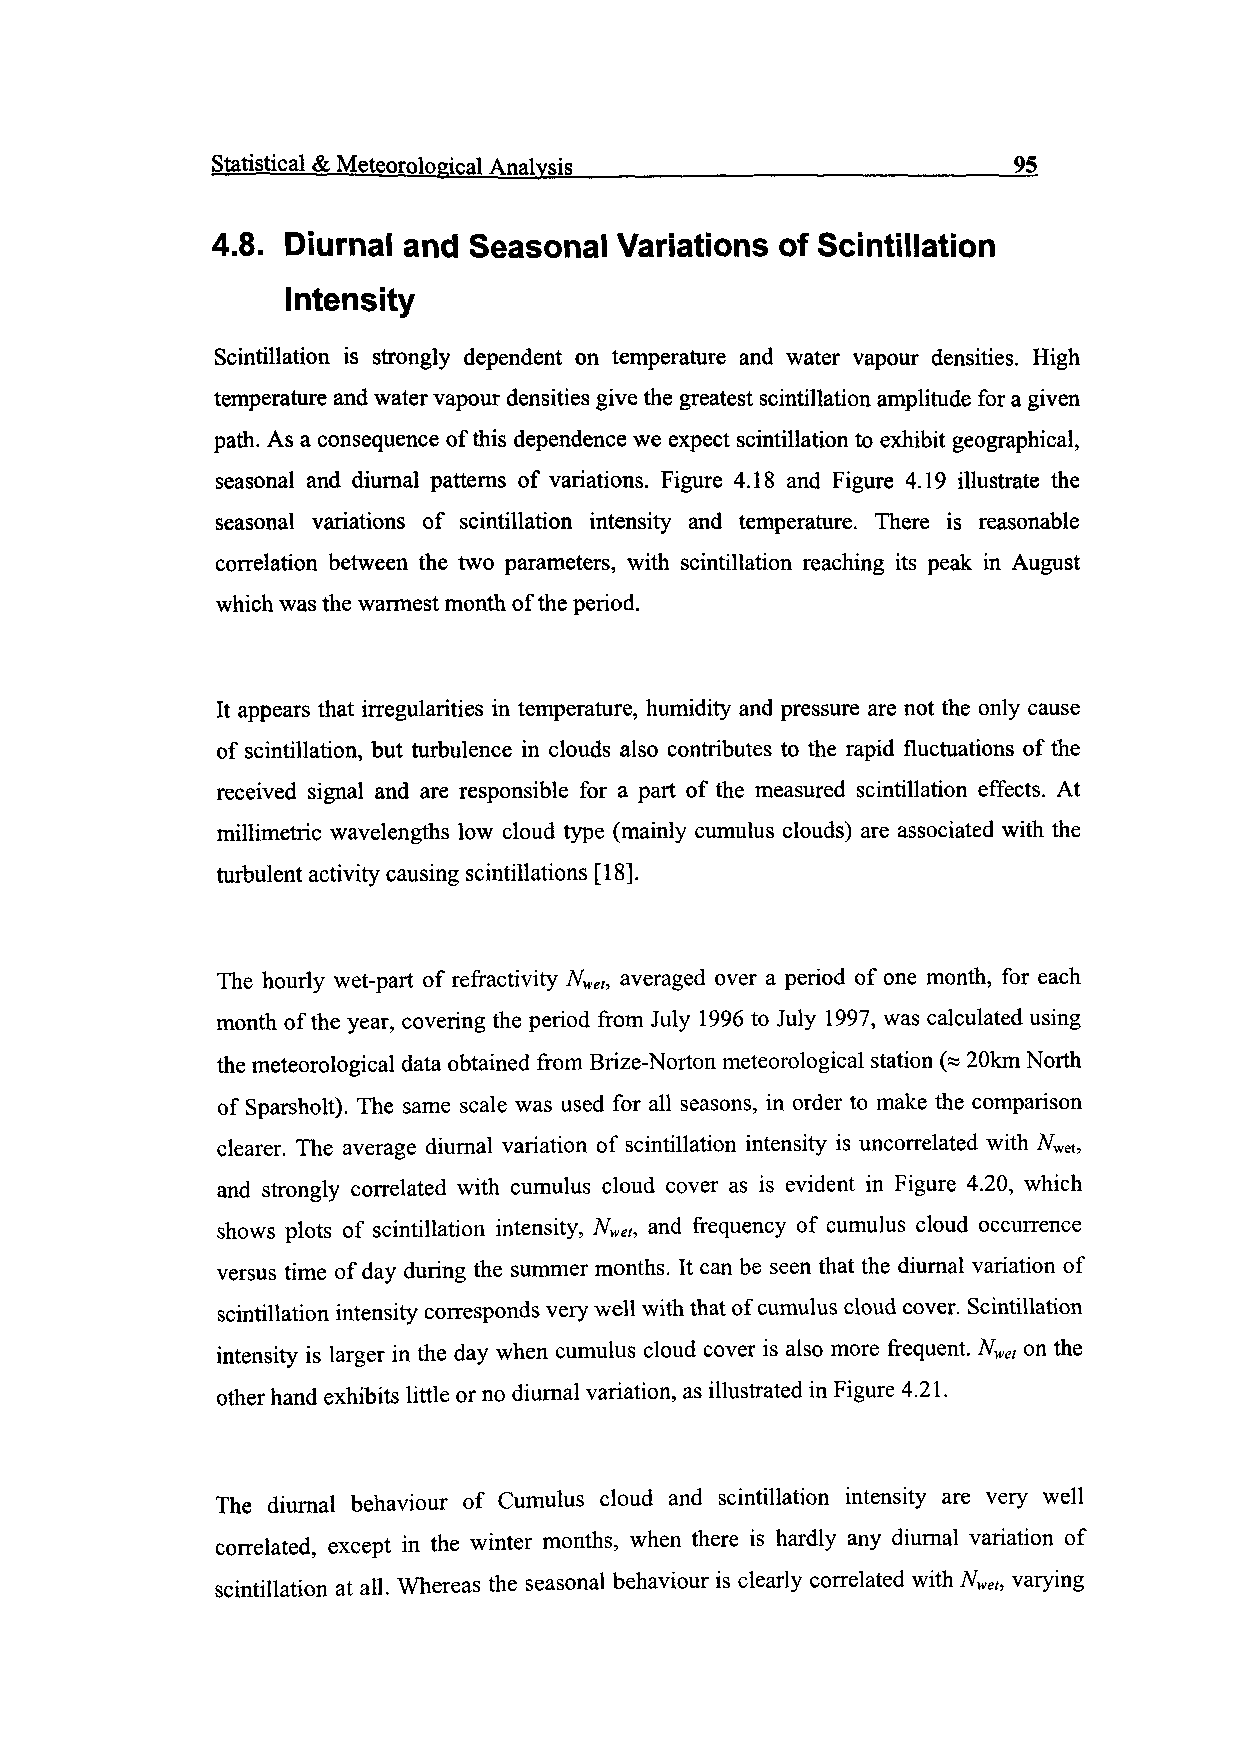
Statistical & Meteorological Analysis_________________________95
 4.8. Diurnal and Seasonal  Variations of Scintillation
 Intensity
 Scintillation is strongly dependent on temperature and water vapour densities. High
 temperature and water vapour densities give the greatest scintillation amplitude for a given
 path. As a consequence of this dependence we expect scintillation to exhibit geographical,
 seasonal and diurnal patterns of variations. Figure 4.18 and Figure 4.19 illustrate the
 seasonal variations of scintillation intensity and temperature. There is reasonable
 correlation between the two parameters, with scintillation reaching its peak in August
 which was the warmest month of the period.
 It appears that irregularities in temperature, humidity and pressure are not the only cause
 of scintillation, but turbulence in clouds also contributes to the rapid fluctuations of the
 received signal and are responsible for a part of the measured scintillation effects. At
 millimetric wavelengths low cloud type (mainly cumulus clouds) are associated with the
 turbulent activity causing scintillations [18].
 The hourly wet-part of refractivity Nvel, averaged over a period of one month, for each
 month of the year, covering the period from July 1996 to July 1997, was calculated using
 the meteorological data obtained from Brize-Norton meteorological station (« 20km North
 of Sparsholt). The same scale was used for all seasons, in order to make the comparison
 clearer. The average diurnal variation of scintillation intensity is uncorrelated with Afwet,
 and strongly correlated with cumulus cloud cover as is evident in Figure 4.20, which
 shows plots of scintillation intensity, Nwei, and frequency of cumulus cloud occurrence
 versus time of day during the summer months. It can be seen that the diurnal variation of
 scintillation intensity corresponds very well with that of cumulus cloud cover. Scintillation
 intensity is larger in the day when cumulus cloud cover is also more frequent. Nve, on the
 other hand exhibits little or no diurnal variation, as illustrated in Figure 4.21.
 The diurnal behaviour of Cumulus cloud and scintillation intensity are very well
 correlated, except in the winter months, when there is hardly any diurnal variation of
 scintillation at all. Whereas the seasonal behaviour is clearly correlated with Nwet, varying